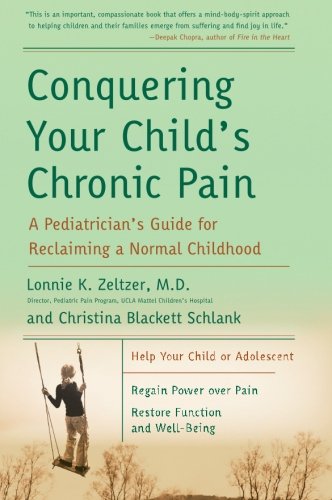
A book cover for Conquering Your Child's Chronic Pain: A Pediatrician's Guide for Reclaiming a Normal Childhood; Lonnie K., M.D. Zeltzer; Medical Books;